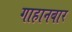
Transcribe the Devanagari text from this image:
गाहानबार